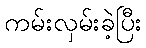
ကမ်းလှမ်းခဲ့ပြီး